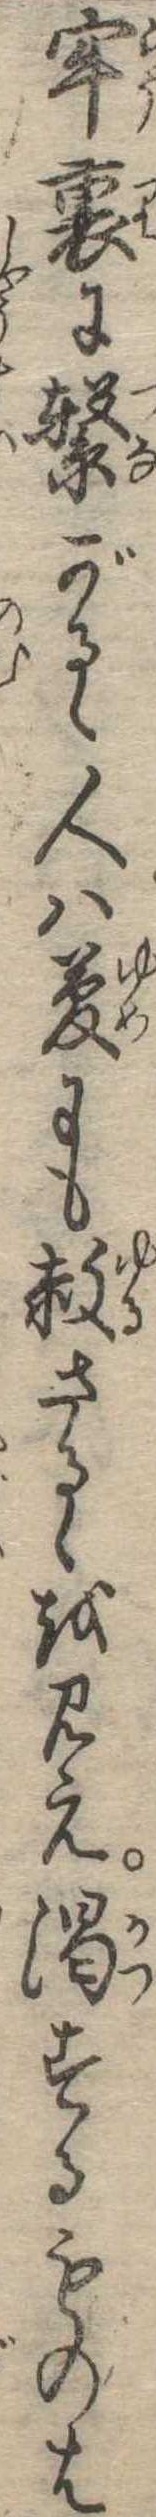
牢裏に繋がるゝ人は夢にも赦さるゝを見え渇するものは